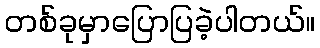
တစ်ခုမှာပြောပြခဲ့ပါတယ်။